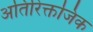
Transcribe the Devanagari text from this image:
अतिरिक्तजिंक